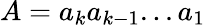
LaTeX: A={a_{k}}{a_{k-1}}...{a_{1}}